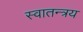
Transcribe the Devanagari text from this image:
स्वातन्त्रय